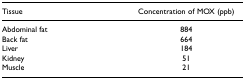
<table><thead><tr><td><b>Tissue</b></td><td><b>Concentration of MOX (ppb)</b></td></tr></thead><tbody><tr><td>Abdominal fat</td><td>884</td></tr><tr><td>Back fat</td><td>664</td></tr><tr><td>Liver</td><td>184</td></tr><tr><td>Kidney</td><td>51</td></tr><tr><td>Muscle</td><td>21</td></tr></tbody></table>